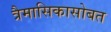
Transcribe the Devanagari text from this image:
त्रैमासिकासोबत